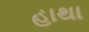
હાથા